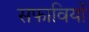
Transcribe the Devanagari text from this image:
सफावियों